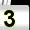
Digit: 3